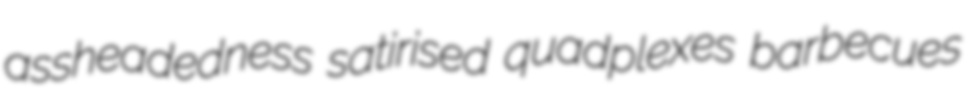
assheadedness satirised quadplexes barbecues